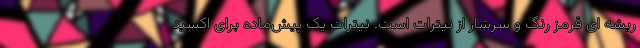
ریشه ای قرمز رنگ و سرشار از نیترات است. نیترات یک پیش‌ماده برای اکسید